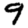
Digit: 9